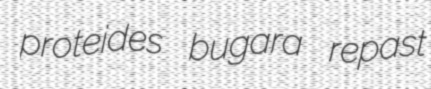
proteides bugara repast